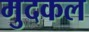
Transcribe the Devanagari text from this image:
मुदकल